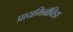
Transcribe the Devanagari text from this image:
प्रायमिग्रॅविडा